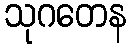
သုဂတေန